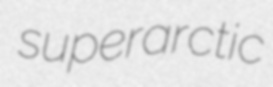
superarctic